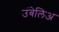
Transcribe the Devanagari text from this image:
उंबेलिअ